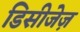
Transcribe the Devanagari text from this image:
डिसीजेज़